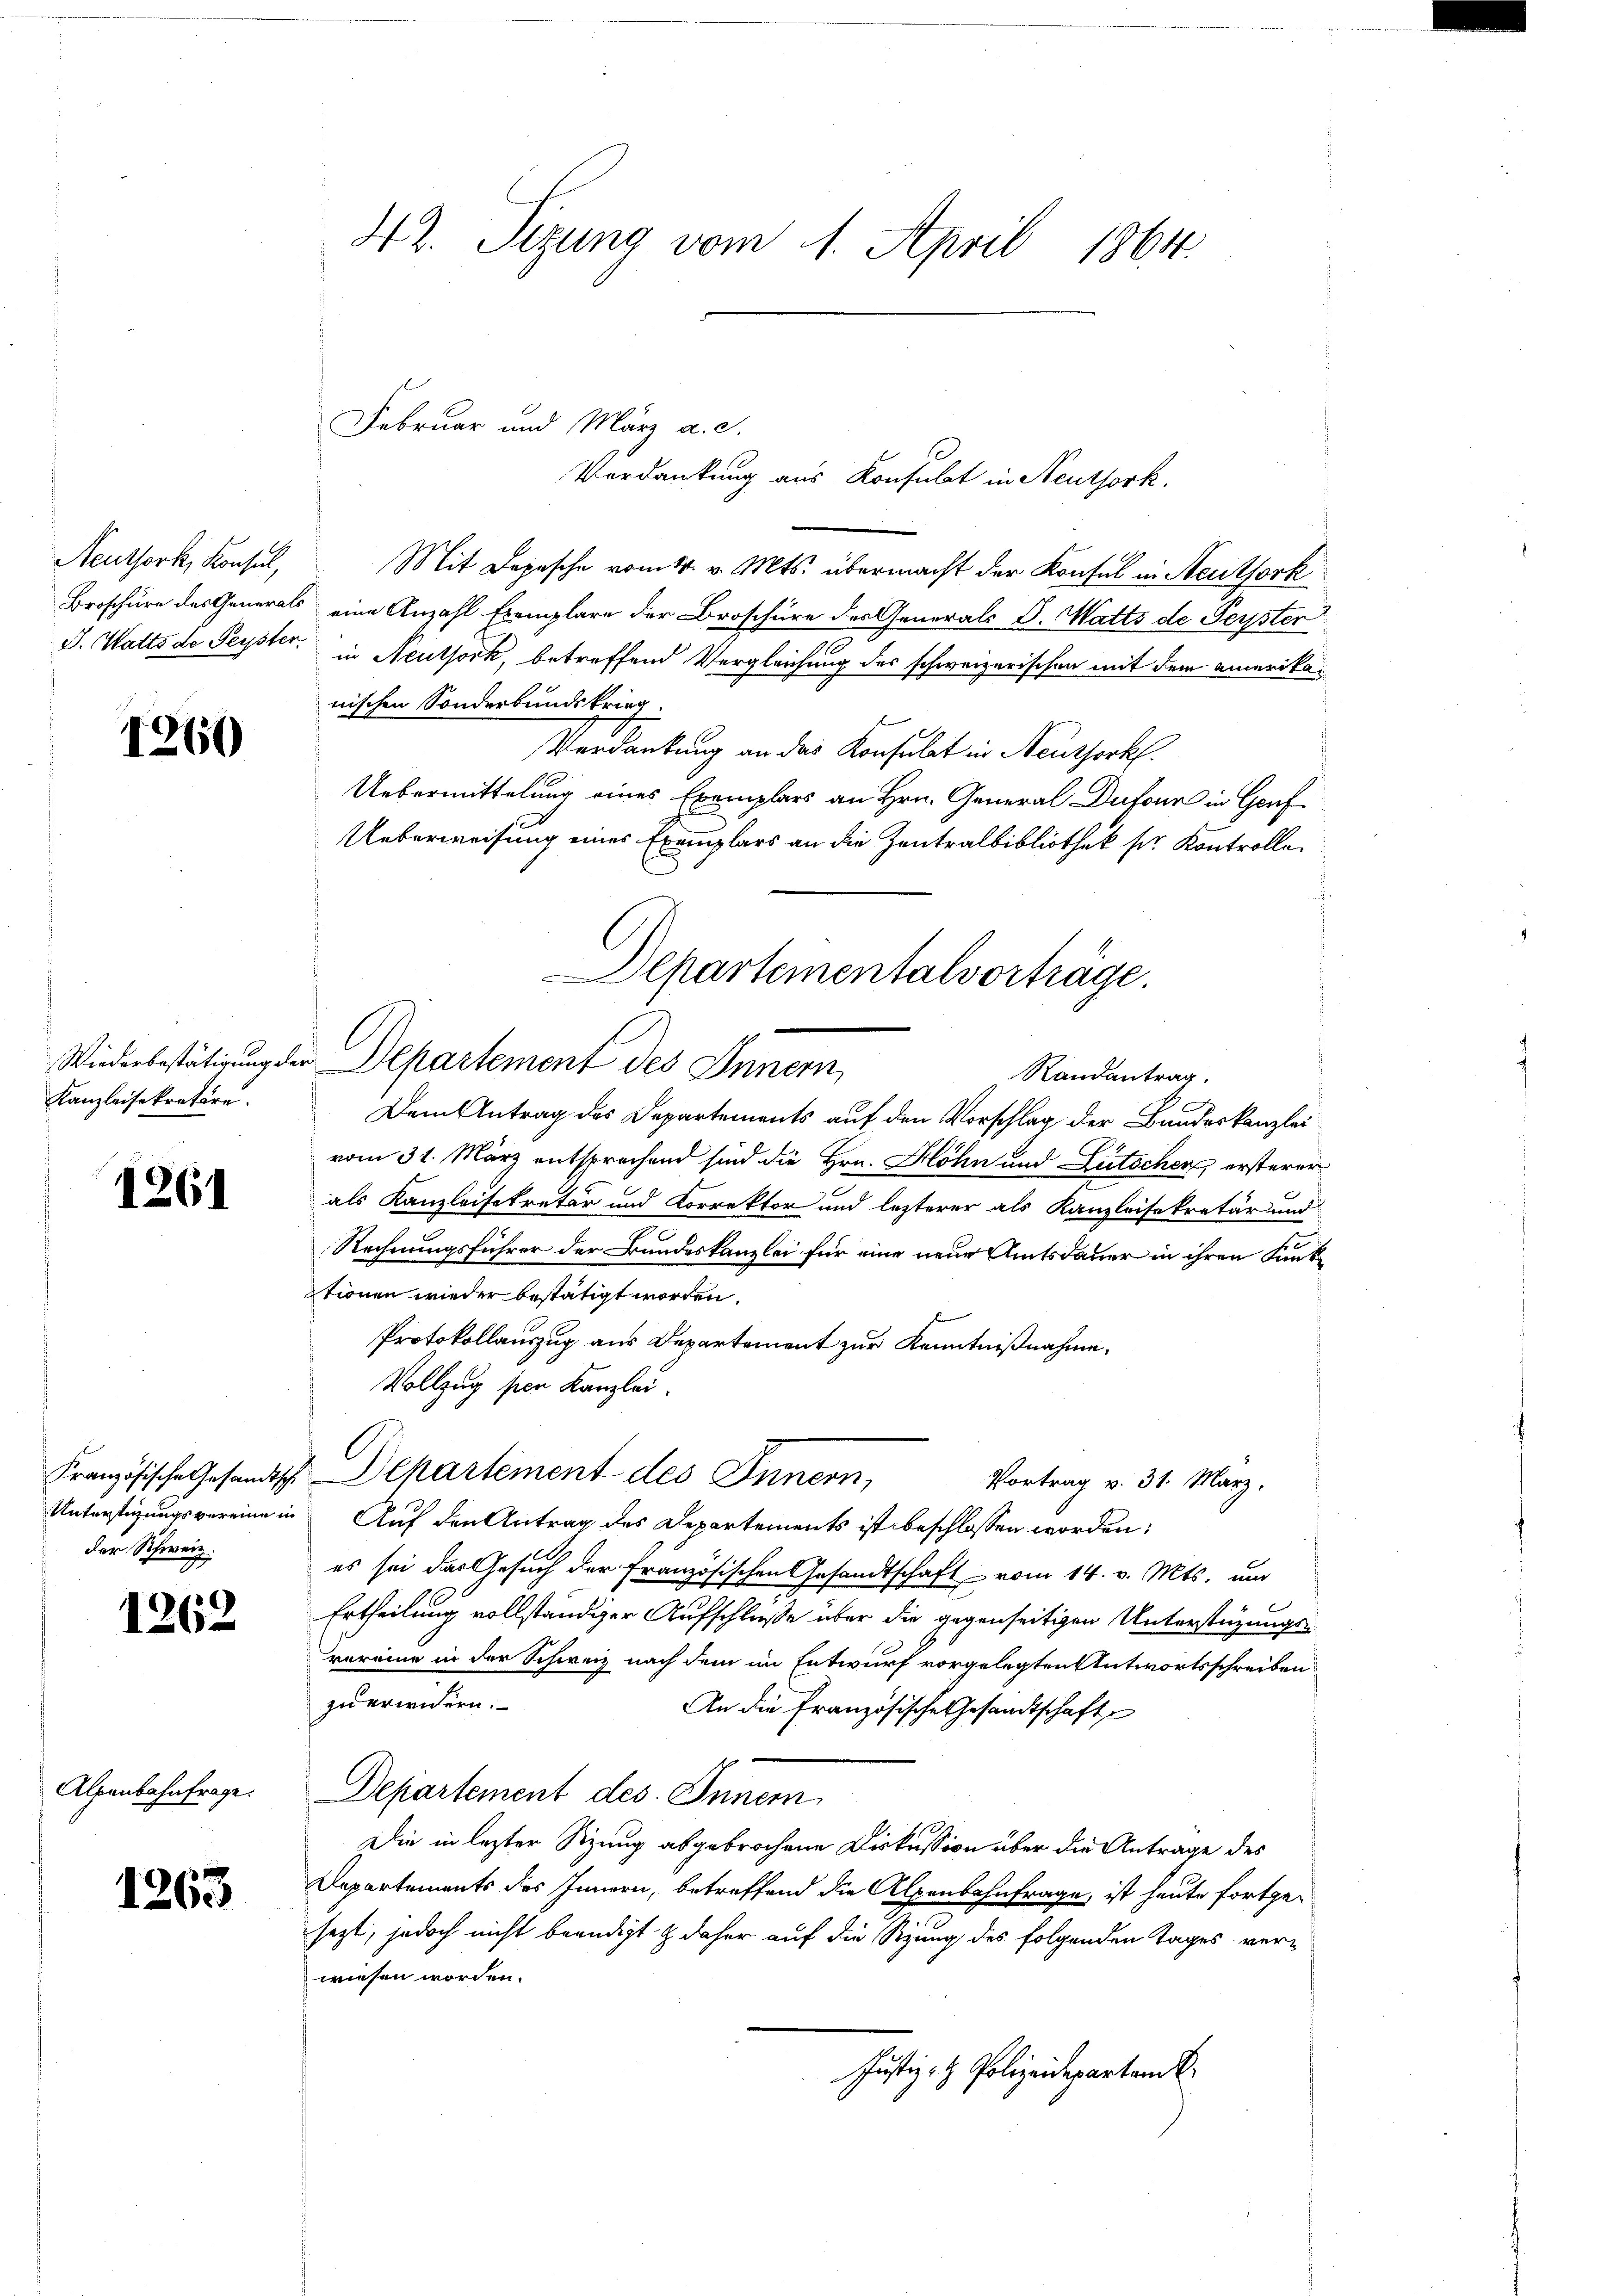
Neuthork, Konsul,

1260

Kanzleisekretäre.

1261

der Schweiz.

1262

1263

42. Sizung vom 1. April 1864.

Februar und März a. c.
Mit Depesche vom 14. v. Mts. übermacht der Konsul in Steuthork
Broschüre des Generals eine Anzahl Exemplare der Broschüre des Generals S. Matts de Peyster
J. Watts de Peyster, in Neuthork, betreffend Vergleichung des schweizerischen mit dem amerikanischen Sonderbundskrieg.
Verdankung an das Konsulat in Neusserkl
Uebermittelung eines Exemplars an Hrn. General Dufour in Genf
Ueberweisung eines Exemplars an die Zentralbibliothek ser Kontrolle
Dem Antrag des Departements auf den Vorschlag der Bundeskanzlei
vom 31. März entsprechend sind die Hrn. Höhn und Lütscher ersterer
als Kanzleisekretär und Korrektor und lezterer als Kanzleisekretär und
Rechnungsführer der Bundeskanzlei für eine neue Amtsdauer in ihren Funktionen wieder bestätigt worden.
Protokollauszug aus Departement zur Kenntnißnahme.
Vollzug per Kanzlei.
Französische Gesandtsch. Departement des Innern,
Vortrag v. 31. März.
Unterstigungsvereine in Auf den Antrag des Departements ist beschlossen worden;
es sei das Gesuch der Französischen Gesandtschaft vom 14. v. Mts. um
Ertheilung vollständiger Aufschluße über die gegenseitigen Unterstüzungsvereine in der Schweiz nach dem im Entwurf vorgelegten Antwortsschreiben
zu erwidern.
An die Französische Gesandtschaft
Alpenbahnfrage. Departement des Innern
Die in lezter Sitzung abgebrochene Diskussion über die Antrage des
Departements des Innern, betreffend die Alpenbahnfrage, ist heute fortge¬
u
sezt, jedoch nicht beendigt & daher auf die Sitzung des folgenden Tages verwiesen worden.
Justiz- & Polizeidepartam k.

Departementalvorträge.
Wiederbestätigung der Departement des Innern,
Randantrag.

Verdankung aus Konsulat in Neuthork